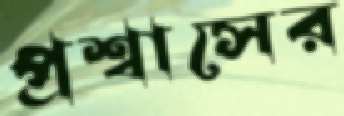
প্রশ্বাসের